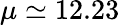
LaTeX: \mu\simeq 12.23